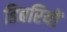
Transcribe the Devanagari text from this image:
डिबरियों